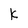
Character: k